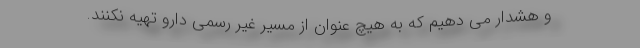
و هشدار می دهیم که به هیچ عنوان از مسیر غیر رسمی دارو تهیه نکنند.